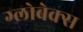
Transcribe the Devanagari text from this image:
ग्लोबेक्स